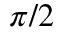
\pi / 2